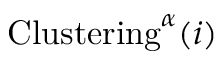
\mathrm { { C l u s t e r i n g } } ^ { \alpha } ( i )